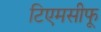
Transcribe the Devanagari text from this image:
टिएमसीफू